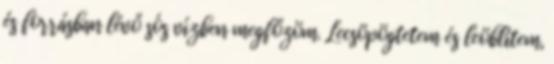
és forrásban lévő sós vízben megfőzöm. Lecsöpögtetem és leöblítem,